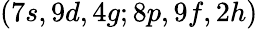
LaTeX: (7s,9d,4g;8p,9f,2h)